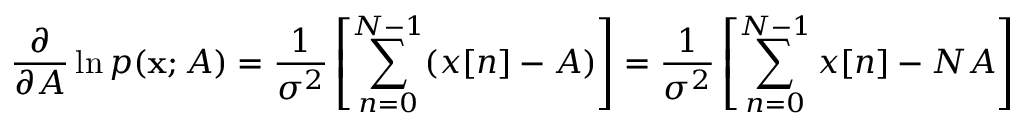
{ \frac { \partial } { \partial A } } \ln p ( \mathbf { x } ; A ) = { \frac { 1 } { \sigma ^ { 2 } } } \left[ \sum _ { n = 0 } ^ { N - 1 } ( x [ n ] - A ) \right] = { \frac { 1 } { \sigma ^ { 2 } } } \left[ \sum _ { n = 0 } ^ { N - 1 } x [ n ] - N A \right]